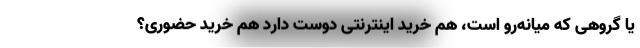
یا گروهی که میانه‌رو است، هم خرید اینترنتی دوست دارد هم خرید حضوری؟